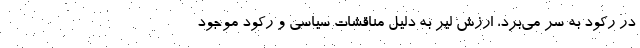
در رکود به سر می‌برد، ارزش لیر به دلیل مناقشات سیاسی و رکود موجود